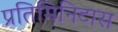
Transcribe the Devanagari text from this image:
प्रतिमिनिटास